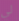
لي